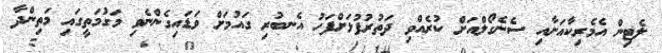
ލެޓިން އެމެރިކާއަށާއި ސެނެގޯލްއަށް ކުރެއްވި ދަތުރުފުޅަށްފަހު އެނބުރި ގައުމަށް ވަޑައިގެންނެވި މަގުމަތީގައި މަތިންދާ